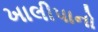
ખાલીપાનો